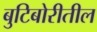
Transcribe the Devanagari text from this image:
बुटिबोरीतील